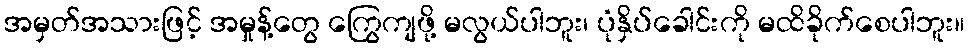
အမှတ်အသားဖြင့် အမှုန့်တွေ ကြွေကျဖို့ မလွယ်ပါဘူး၊ ပုံနှိပ်ခေါင်းကို မထိခိုက်စေပါဘူး။